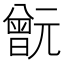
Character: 𣍎